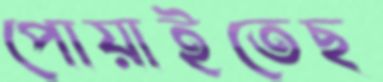
পোয়াইতেছ